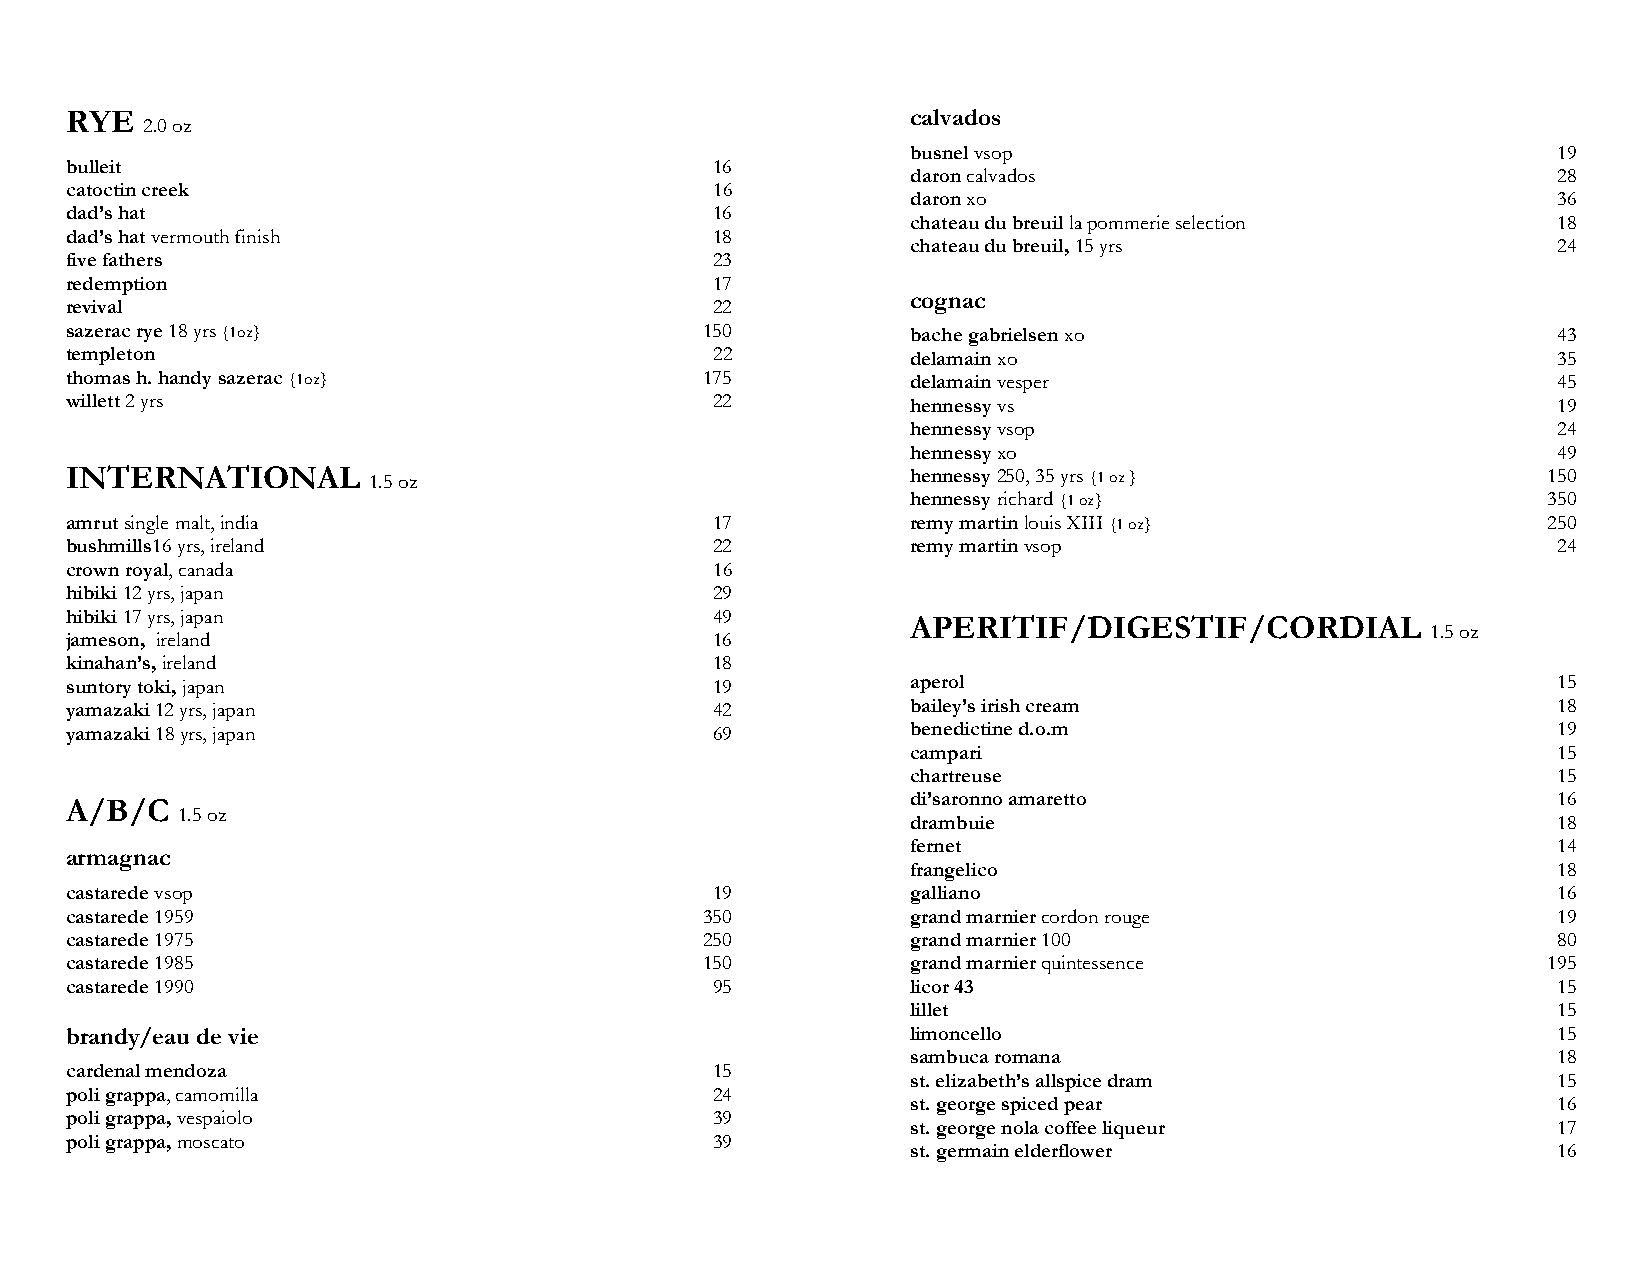
RYE                                                     calvados
 2.0 oz
 busnel vsop                                19
 bulleit                                    16
 daron calvados                             28
 catoctin creek                             16
 daron xo                                   36
 dad’s hat                                  16
 chateau du breuil la pommerie selection    18
 dad’s hat vermouth finish                  18
 chateau du breuil, 15 yrs                  24
 five fathers                               23
 redemption                                 17
 revival                                    22
 cognac
 sazerac rye 18 yrs {1oz}                   150          bache gabrielsen xo                        43
 templeton                                  22           delamain xo                                35
 thomas h. handy sazerac {1oz}              175          delamain vesper                            45
 willett 2 yrs                              22           hennessy vs                                19
 hennessy vsop                              24
 hennessy xo                                49
 INTERNATIONAL       1.5 oz                              hennessy 250, 35 yrs {1 oz }              150
 hennessy richard {1 oz}                   350
 amrut single malt, india                   17           remy martin louis XIII {1 oz}             250
 bushmills16 yrs, ireland                   22           remy martin vsop                           24
 crown royal, canada                        16
 hibiki 12 yrs, japan                       29
 hibiki 17 yrs, japan                       49
 APERITIF/DIGESTIF/CORDIAL
 1.5 oz
 jameson, ireland                           16
 kinahan’s, ireland                         18
 suntory toki, japan                        19           aperol                                     15
 yamazaki 12 yrs, japan                     42           bailey’s irish cream                       18
 yamazaki 18 yrs, japan                     69           benedictine d.o.m                          19
 campari                                    15
 chartreuse                                 15
 di’saronno amaretto                        16
 A/B/C
 1.5 oz
 drambuie                                   18
 fernet                                     14
 armagnac
 frangelico                                 18
 castarede vsop                             19           galliano                                   16
 castarede 1959                             350          grand marnier cordon rouge                 19
 castarede 1975                             250          grand marnier 100                          80
 castarede 1985                             150          grand marnier quintessence                195
 castarede 1990                             95           licor 43                                   15
 lillet                                     15
 brandy/eau de vie                                       limoncello                                 15
 sambuca romana                             18
 cardenal mendoza                           15
 st. elizabeth’s allspice dram              15
 poli grappa, camomilla                     24
 st. george spiced pear                     16
 poli grappa, vespaiolo                     39
 st. george nola coffee liqueur             17
 poli grappa, moscato                       39
 st. germain elderflower                    16